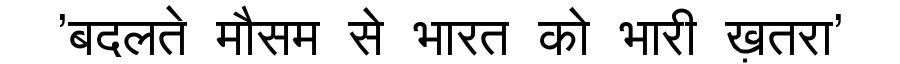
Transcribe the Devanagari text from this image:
'बदलते मौसम से भारत को भारी ख़तरा'